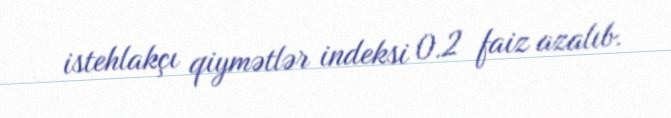
istehlakçı qiymətlər indeksi 0.2 faiz azalıb.